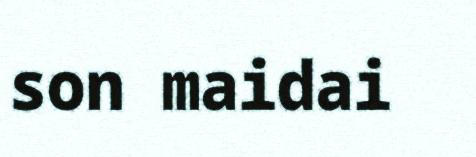
son maidai